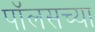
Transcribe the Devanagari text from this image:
पॉलसच्या